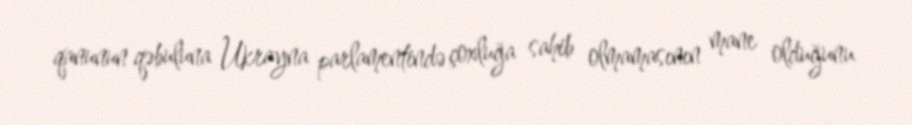
qanunun qəbuluna Ukrayna parlamentində çoxluğa sahib olmamasının mane olduğunu